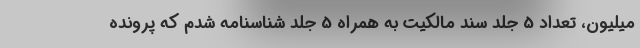
میلیون، تعداد 5 جلد سند مالکیت به همراه 5 جلد شناسنامه شدم که پرونده